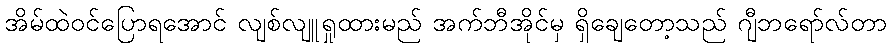
အိမ်ထဲဝင်ပြောရအောင် လျစ်လျူရှုထားမည် အက်ဘီအိုင်မှ ရှိချေတော့သည် ဂျီဘရော်လ်တာ